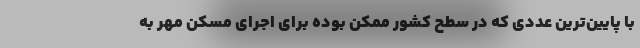
با پایین‌ترین عددی که در سطح کشور ممکن بوده برای اجرای مسکن مهر به